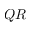
Q R